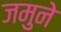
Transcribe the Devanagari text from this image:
जमुने